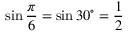
\sin { \frac { \pi } { 6 } } = \sin 3 0 ^ { \circ } = { \frac { 1 } { 2 } }